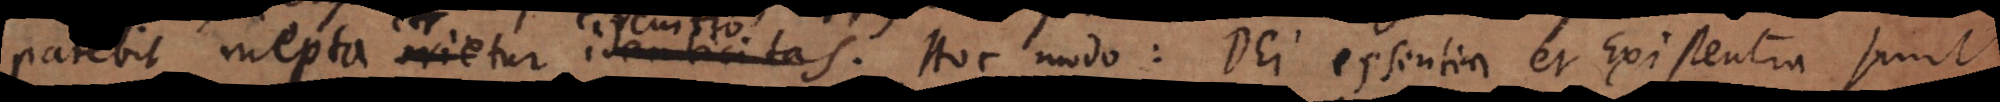
patebit inepta circuitio. Hoc modo: Dei essentia et existentia sunt